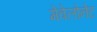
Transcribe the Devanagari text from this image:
मेवेलोनेट